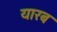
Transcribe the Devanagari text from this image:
यारब